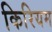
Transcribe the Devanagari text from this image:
किरियम